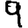
Digit: 9